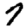
Digit: 7